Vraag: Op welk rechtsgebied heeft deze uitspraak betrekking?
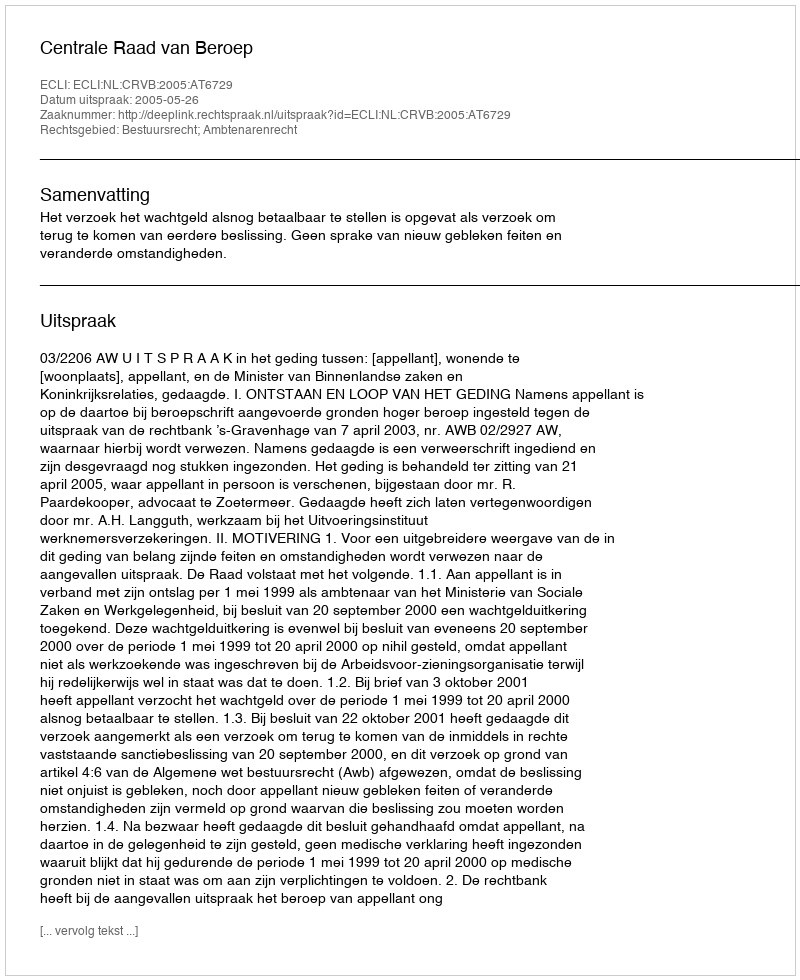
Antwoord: Bestuursrecht; Ambtenarenrecht